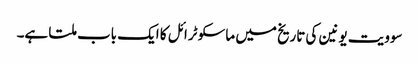
سوویت یونین کی تاریخ میں ماسکو ٹرائل کا ایک باب ملتا ہے۔